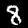
Digit: 8